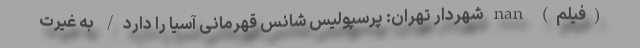
(فیلم) nan شهردار تهران: پرسپولیس شانس قهرمانی آسیا را دارد/ به غیرت